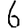
Digit: 6